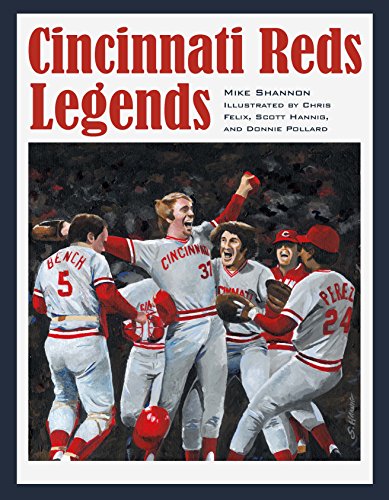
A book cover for Cincinnati Reds Legends; Mike Shannon; Biographies & Memoirs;